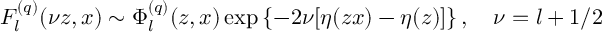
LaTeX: F _ { l } ^ { ( q ) } ( \nu z , x ) \sim \Phi _ { l } ^ { ( q ) } ( z , x ) \exp \left\{ - 2 \nu [ \eta ( z x ) - \eta ( z ) ] \right\} , \quad \nu = l + 1 / 2